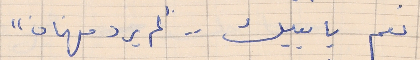
نعم يا بيك . . "لم يرد فهمان"